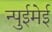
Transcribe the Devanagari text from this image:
न्पुईमेई